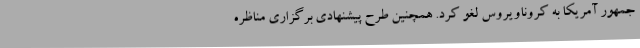
جمهور آمریکا به کروناویروس لغو کرد. همچنین طرح پیشنهادی برگزاری مناظره